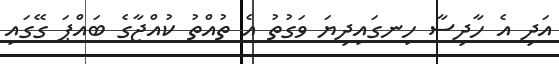
އަދި އެ ހާދިސާ ހިނގައިދިޔަ ވަގުތު އެ ތުއްތު ކުއްޖާގެ ބައްޕަ ގޭގައި